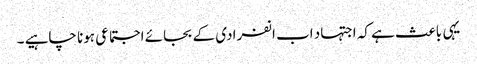
یہی باعث ہے کہ اجتہاد اب انفرادی کے بجائے اجتماعی ہونا چاہیے ۔